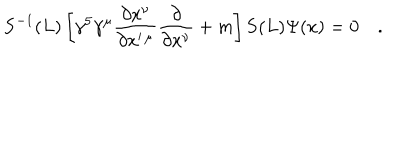
{ \bf S } ^ { - 1 } ( L ) \left[ \gamma ^ { 5 } \gamma ^ { \mu } \frac { \partial x ^ { \nu } } { \partial x ^ { \prime \, \mu } } \frac { \partial } { \partial x ^ { \nu } } + m \right] { \bf S } ( L ) \Psi ( x ) = 0 \quad .